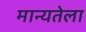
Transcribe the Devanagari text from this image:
मान्यतेला